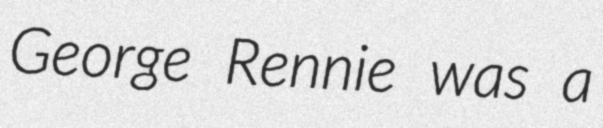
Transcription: George Rennie was a